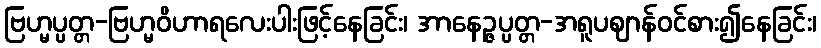
ဗြဟ္မပ္ပတ္တ-ဗြဟ္မဝိဟာရလေးပါးဖြင့်နေခြင်း၊ အာနေဉ္ဇပ္ပတ္တ-အရူပဈာန်ဝင်စား၍နေခြင်း၊